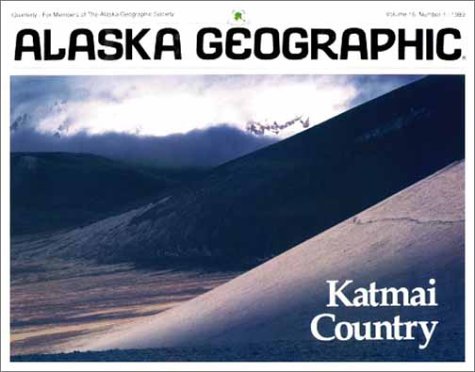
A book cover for Katmai Country (Alaska Geographic); Alaska Geographic Association; Travel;